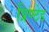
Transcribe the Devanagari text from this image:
प्रिण्टेड